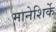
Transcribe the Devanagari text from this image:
मानेशिर्के